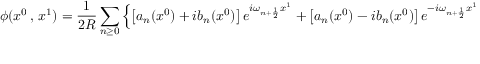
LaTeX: \phi ( x ^ { 0 } \, , \, x ^ { 1 } ) = \frac { 1 } { 2 R } \sum _ { n \geq 0 } \left\{ \left[ a _ { n } ( x ^ { 0 } ) + i b _ { n } ( x ^ { 0 } ) \right] e ^ { i \omega _ { n + \frac { 1 } { 2 } } x ^ { 1 } } + \left[ a _ { n } ( x ^ { 0 } ) - i b _ { n } ( x ^ { 0 } ) \right] e ^ { - i \omega _ { n + \frac { 1 } { 2 } } x ^ { 1 } } \right\} ,